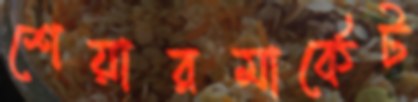
শেয়ারমার্কেট